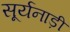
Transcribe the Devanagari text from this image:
सूर्यनाड़ी